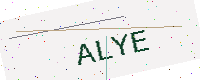
Text: ALYE